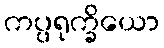
ကပ္ပရုက္ခိယော